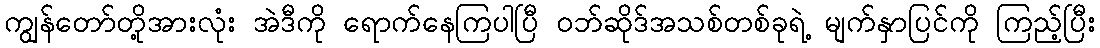
ကျွန်တော်တို့အားလုံး အဲဒီကို ရောက်နေကြပါပြီ ဝဘ်ဆိုဒ်အသစ်တစ်ခုရဲ့ မျက်နှာပြင်ကို ကြည့်ပြီး